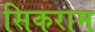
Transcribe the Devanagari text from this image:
सिकराम